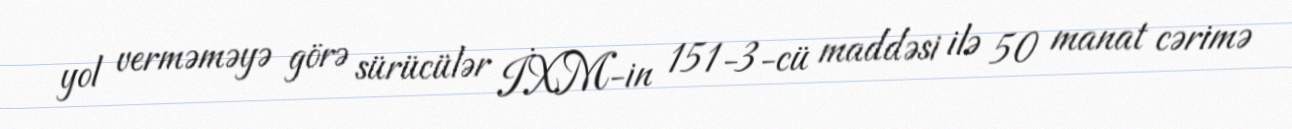
yol verməməyə görə sürücülər İXM-in 151-3-cü maddəsi ilə 50 manat cərimə